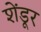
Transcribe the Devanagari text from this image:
शेंडूर